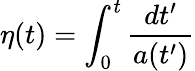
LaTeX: \eta(t)=\int_{0}^{t}{\frac{dt^{\prime}}{a(t^{\prime})}}